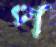
প